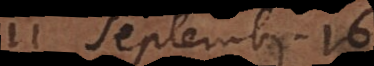
11 Septembr. 1678